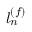
l _ { n } ^ { ( f ) }